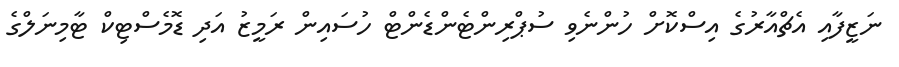
ނަޒީފާއި އެޗްއާރުގެ އިސްކޮށް ހުންނެވި ސުޕްރިންޓެންޑެންޓް ހުސައިން ރަމީޒު އަދި ޑޮމެސްޓިކް ޓާމިނަލްގެ